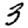
Digit: 3